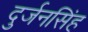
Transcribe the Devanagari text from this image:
दुर्जनसिंह